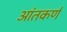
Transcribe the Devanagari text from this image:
आंतकर्ण